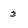
Character: 3